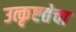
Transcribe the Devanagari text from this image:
उत्कृष्टतेचा